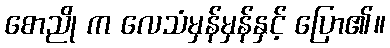
စောညို က လေသံမှန်မှန်နှင့် ပြော၏။